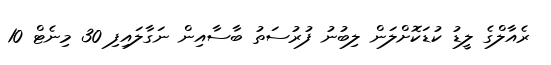
ރެއާލްގެ ލީޑު ކުޑަކޮށްލަން ލިބުނު ފުރުސަތު ބާސާއިން ނަގާލައިފި 30 މިނެޓް 10